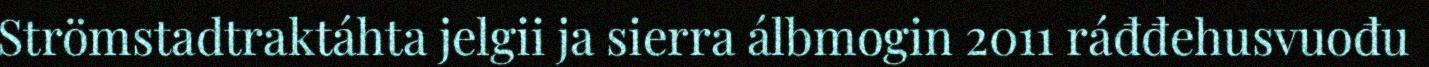
Strömstadtraktáhta jelgii ja sierra álbmogin 2011 ráđđehusvuođu